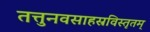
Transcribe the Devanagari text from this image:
तत्तुनवसाहस्रविस्तृतम्